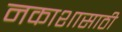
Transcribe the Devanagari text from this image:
नकाशासाठी